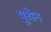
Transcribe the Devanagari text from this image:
पूथेन